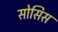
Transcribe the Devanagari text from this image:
सोसिस